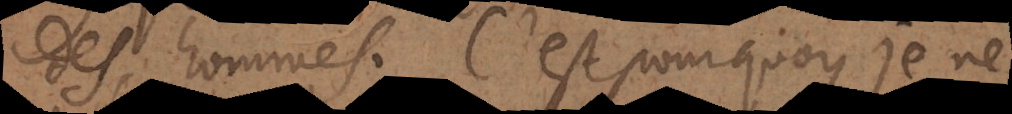
des hommes. C’est pourquoy je ne